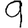
Digit: 9